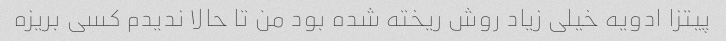
پیتزا ادویه خیلی زیاد روش ریخته شده بود من تا حالا ندیدم کسی بریزه